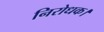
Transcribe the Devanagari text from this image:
निरोधक।